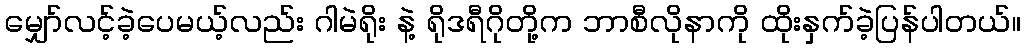
မျှော်လင့်ခဲ့ပေမယ့်လည်း ဂါမဲရိုး နဲ့ ရိုဒရီဂိုတို့က ဘာစီလိုနာကို ထိုးနှက်ခဲ့ပြန်ပါတယ်။